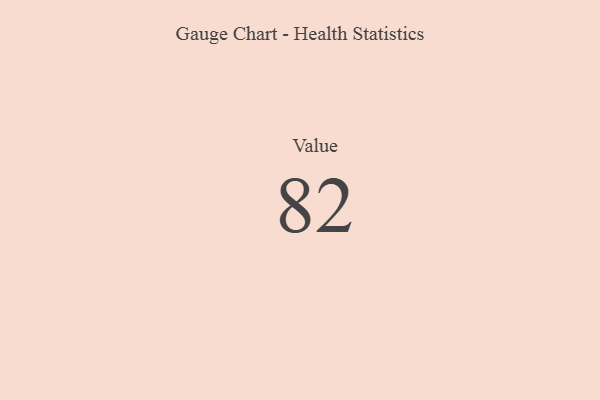
{"axis": {"x": "Metric", "y": "Value"}, "legend": [""], "data": [{"x": "Value", "y": 82, "type": ""}]}